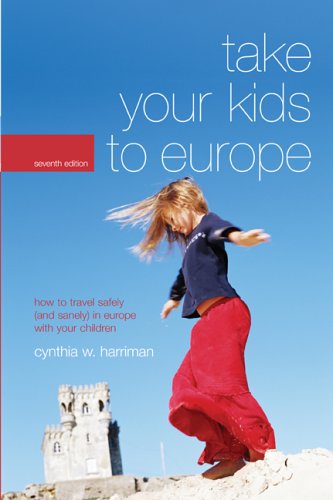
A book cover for Take Your Kids to Europe, 7th: How to Travel Safely (and Sanely) in Europe with Your Children; Cynthia Harriman; Travel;